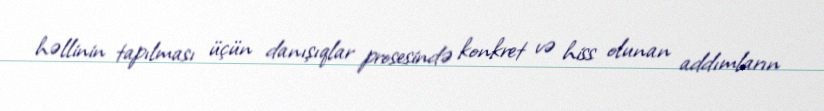
həllinin tapılması üçün danışıqlar prosesində konkret və hiss olunan addımların